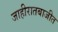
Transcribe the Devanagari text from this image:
जाहीरातबाजीत